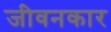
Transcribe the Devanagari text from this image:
जीवनकार